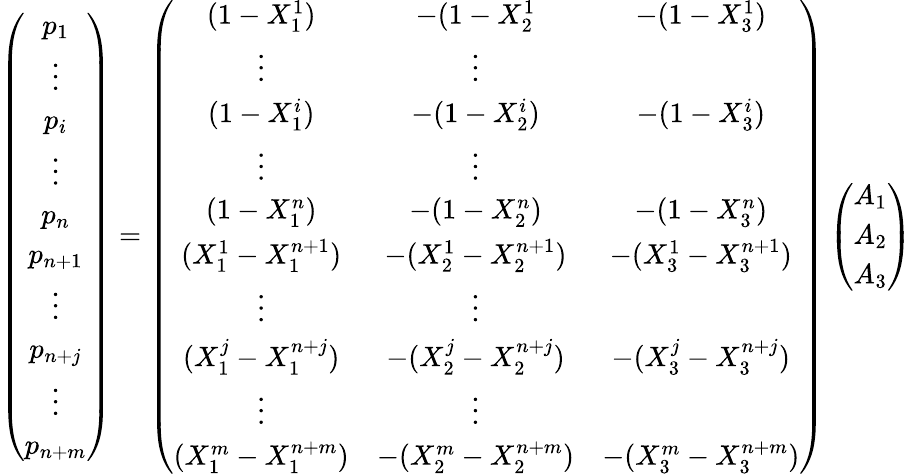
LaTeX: \left(\begin{array}{c}{p_{1}}\\ {\vdots}\\ {p_{i}}\\ {\vdots}\\ {p_{n}}\\ {p_{n+1}}\\ {\vdots}\\ {p_{n+j}}\\ {\vdots}\\ {p_{n+m}}\end{array}\right)=\left(\begin{array}{ccc}{(1-X_{1}^{1})}&{-(1-X_{2}^{1}}&{-(1-X_{3}^{1})}\\ {\vdots}&{\vdots}\\ {(1-X_{1}^{i})}&{-(1-X_{2}^{i})}&{-(1-X_{3}^{i})}\\ {\vdots}&{\vdots}\\ {(1-X_{1}^{n})}&{-(1-X_{2}^{n})}&{-(1-X_{3}^{n})}\\ {(X_{1}^{1}-X_{1}^{n+1})}&{-(X_{2}^{1}-X_{2}^{n+1})}&{-(X_{3}^{1}-X_{3}^{n+1})}\\ {\vdots}&{\vdots}\\ {(X_{1}^{j}-X_{1}^{n+j})}&{-(X_{2}^{j}-X_{2}^{n+j})}&{-(X_{3}^{j}-X_{3}^{n+j})}\\ {\vdots}&{\vdots}\\ {(X_{1}^{m}-X_{1}^{n+m})}&{-(X_{2}^{m}-X_{2}^{n+m})}&{-(X_{3}^{m}-X_{3}^{n+m})}\end{array}\right)\left(\begin{array}{c}{A_{1}}\\ {A_{2}}\\ {A_{3}}\end{array}\right)